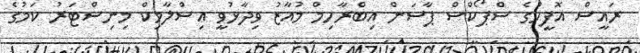
ރައީސް އޮފީހުގެ ސްޕޯކްސް ޕާސަން އިބްރާހިމް މުއާޒު ވިދާޅުވީ އިސްލާމިކް މިނިސްޓަރު ކަމުގެ